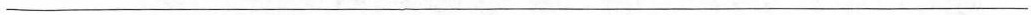
___